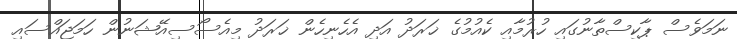
ނަމަވެސް ޕާކިސްތާނުގައި ހުރުމާއި ކެއުމުގެ ޚަރަދު އަދި އެހެނިހެން ޚަރަދު މިއެސޯސިއޭޝަނުން ހަމަޖައްސައި